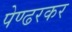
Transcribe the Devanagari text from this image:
पेण्ढरकर